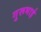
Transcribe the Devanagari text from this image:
गुरूभाई